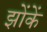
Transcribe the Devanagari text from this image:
झोंकें